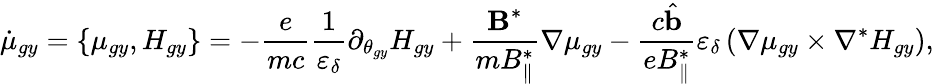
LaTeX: \dot{\mu}_{gy}=\left\{ \mu_{gy},H_{gy}\right\} =-\frac{e}{mc}\frac{1}{\varepsilon_{\delta}}\partial_{\theta_{gy}}H_{gy}+\frac{\textbf{B}^{*}}{m{B}_{\parallel}^{*}}\nabla\mu_{gy}-\frac{c\hat{\textbf{b}}}{e{B}_{\parallel}^{*}}\varepsilon_{\delta}\left(\nabla\mu_{gy}\times\nabla^{*}H_{gy}\right),